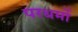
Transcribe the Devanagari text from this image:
परधर्मो